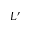
L ^ { \prime }